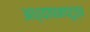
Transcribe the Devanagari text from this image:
अध्यापनपटुत्व